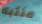
منتبه